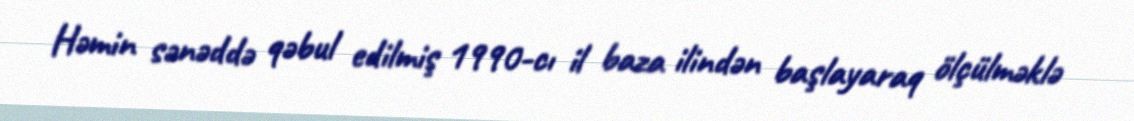
Həmin sənəddə qəbul edilmiş 1990-cı il baza ilindən başlayaraq ölçülməklə